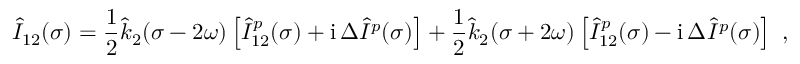
\hat { I } _ { 1 2 } ( \sigma ) = \frac 1 2 \hat { k } _ { 2 } ( \sigma - 2 \omega ) \left[ \hat { I } _ { 1 2 } ^ { p } ( \sigma ) + \mathrm { i } \, \Delta \hat { I } ^ { p } ( \sigma ) \right] + \frac 1 2 \hat { k } _ { 2 } ( \sigma + 2 \omega ) \left[ \hat { I } _ { 1 2 } ^ { p } ( \sigma ) - \mathrm { i } \, \Delta \hat { I } ^ { p } ( \sigma ) \right] \ ,